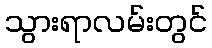
သွားရာလမ်းတွင်